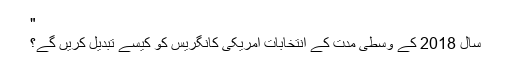
"
سال 2018 کے وسطی مدت کے انتخابات امریکی کانگریس کو کیسے تبدیل کریں گے؟